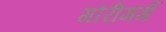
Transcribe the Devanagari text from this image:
गौरीमर्ग